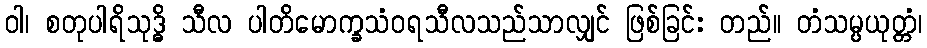
ဝါ၊ စတုပါရိသုဒ္ဓိ သီလ ပါတိမောက္ခသံဝရသီလသည်သာလျှင် ဖြစ်ခြင်း တည်။ တံသမ္ပယုတ္တံ၊